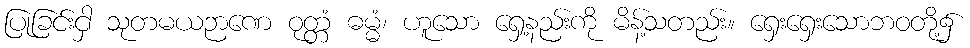
ပြုခြင်းငှါ သုတမယဉာဏေ ဝုတ္တံ ဓမ္မံ၊ ဟူသော ရှေ့နည်းကို မိန့်သတည်း။ ရှေးရှေးသောဘဝတို့၌